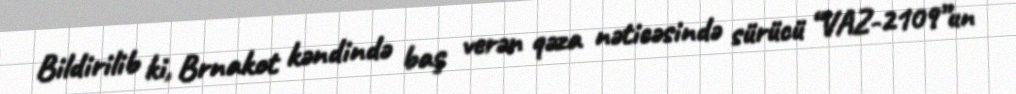
Bildirilib ki, Brnakot kəndində baş verən qəza nəticəsində sürücü “VAZ-2109”un